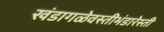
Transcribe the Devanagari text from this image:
खंडागळेवस्तीभंडारेस्ती